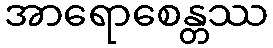
အာရောစေန္တဿ